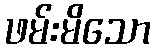
ဖမ်းမိသော